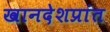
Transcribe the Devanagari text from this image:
खानदेशप्रांत